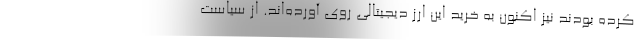
کرده بودند نیز اکنون به خرید این ارز دیجیتالی روی آورده‌اند. از سیاست